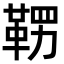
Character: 𮧚